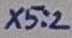
Text: X5:2